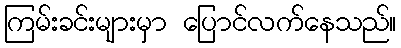
ကြမ်းခင်းများမှာ ပြောင်လက်နေသည်။